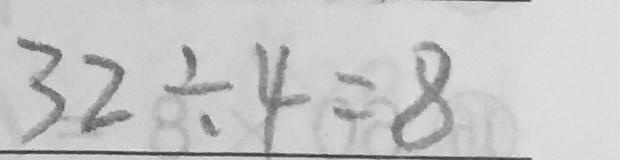
3 2 \div 4 = 8